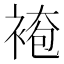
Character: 𧛍